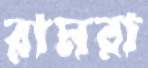
রামরা